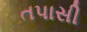
તપાસી